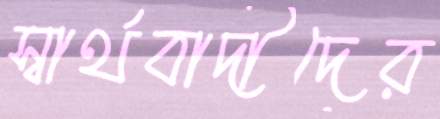
স্বার্থবাদীদের